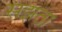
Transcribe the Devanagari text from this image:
सझता